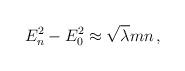
LaTeX: \begin{align*}E^2_n - E^2_0 \approx \sqrt{\lambda} m n\,,\end{align*}